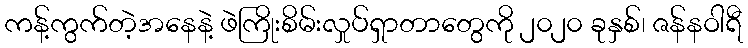
ကန့်ကွက်တဲ့အနေနဲ့ ဖဲကြိုးစိမ်းလှုပ်ရှာတာတွေကို ၂၀၂၀ ခုနှစ်၊ ဇန်နဝါရီ